Lunatic asylums Central Provinces reports 1895-1909 - 1895-1909
Year: 1895
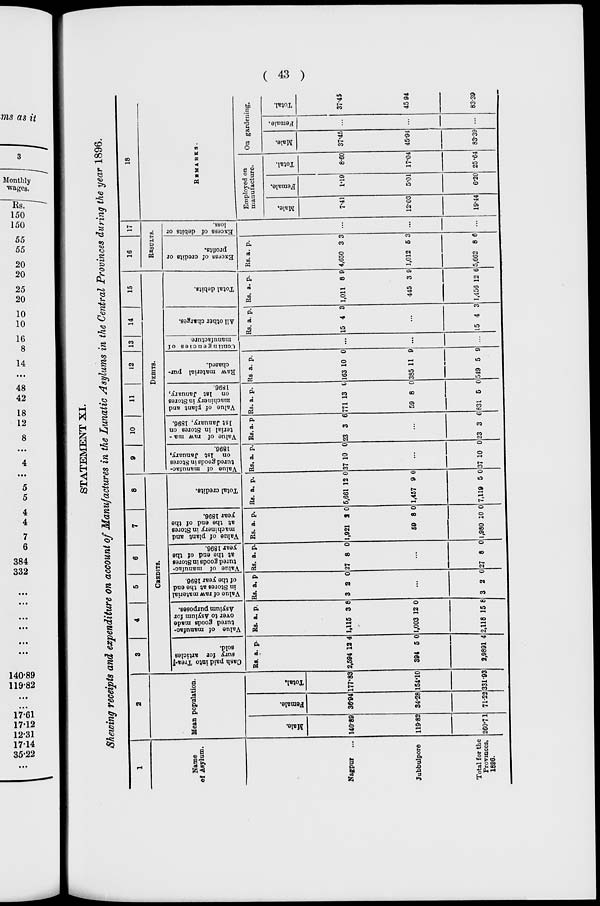
( 43 )
STATEMENT XI.
Shewing receipts and expenditure on account of Manufactures in the Lunatic Asylums in the Central Provinces during the year 1896.
1
Name
of Asylum.
Nagpur
...
Jubbulpore
Total for the
Provinces.
1896.
2
Mean population.
Male.
140.89
119.82
260.71
Female.
36.94
34.28
71.22
Total.
177.83
154.10
331.93
3
4
5
6
7
8
CREDITS.
Cash paid into Trea-
sury for articles
sold.
Rs.
a. p.
2,594
394
2,989
12
5
1
4
0
4
Value of manufac-
tured goods made
over to Asylum for
Asylum purposes.
Rs.
a. p.
1,115
1,003
2,118
3
12
15
8
0
8
Value of raw material
in Stores at the end
of the year 1896.
Rs a.
p.
3 2 0
...
3 2 0
Value of manufac-
tured goods in Stores
at the end of the
year 1896.
Rs. a.
p.
27 8 0
...
27 8 0
Value of plant and
machinery in Stores
at the end of the
year 1896.
Rs.
a. p.
1,921
59
1,980
2
8
10
0
0
0
Total credits.
Rs.
a. p.
5,661
1,457
7,119
12
9
5
0
0
0
9
10
11
12
13
14
15
DEBITS.
Value of manufac-
tured goods in Stores
on 1st January,
1896.
Rs. a.
p.
37 10 0
...
37 10 0
Value of raw ma -
terial in Stores on
1st January, 1896.
Rs a.
p.
23 3 6
...
23 3 6
Value of plant and
machinery in Stores
on 1st January,
1896.
Rs. a. p.
771
59
831
13
8
5
0
0
0
Raw material pur-
chased.
Rs. a.
p.
163
385
549
10
11
5
0
9
9
Contingencies of
manufacture.
...
...
...
All other charges.
Rs. a.
p.
15 4 3
...
15 4 3
Total debits.
Rs.
a. p.
1,011
445
1,456
6
3
12
9
9
6
16
17
RESULTS.
Excess of credits or
profits.
Rs.
a. p.
4,650
1,012
5,662
3
5
8
3
3
6
Excess of debits or
loss.
...
...
...
18
REMARKS.
Employed on
manufacture.
Male.
7.41
12.03
19.44
Female.
1.19
5.01
6.20
Total.
8.60
17.04
25.64
On gardening.
Male.
37.45
45.94
83.39
Female.
...
...
...
Total.
37.45
45.94
83.39